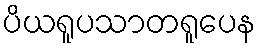
ပိယရူပသာတရူပေန